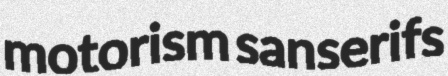
motorism sanserifs